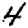
Digit: 4